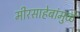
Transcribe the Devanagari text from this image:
मीरसाहेबांमुळे